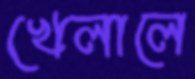
খেলালে